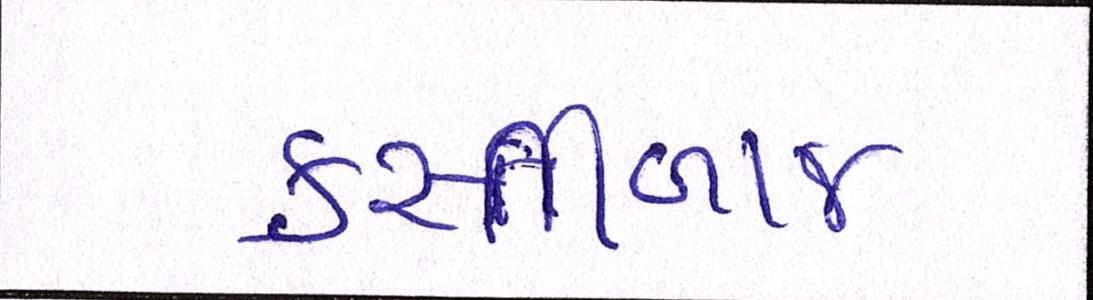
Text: કુસ્તીબાજ